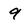
Character: 9